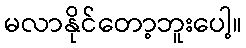
မလာနိုင်တော့ဘူးပေါ့။